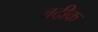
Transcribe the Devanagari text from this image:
बदीक